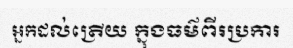
អ្នកដល់ត្រើយ ក្នុងធម៌ពីរប្រការ